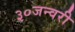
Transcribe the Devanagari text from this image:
३०जन्वरी